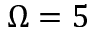
\Omega = 5